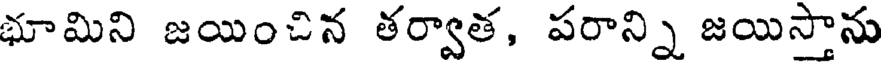
భూమిని జయించిన తర్వాత, పరాన్ని జయిస్తాను